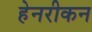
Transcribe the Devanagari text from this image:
हेनरीकन